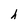
Character: h